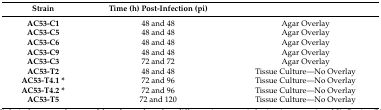
<table><thead><tr><td><b>Strain</b></td><td><b>Time (h) Post-Infection (pi)</b></td><td>[EMPTY_CELL]</td></tr></thead><tbody><tr><td><b>AC53-C1</b></td><td>48 and 48</td><td>Agar Overlay</td></tr><tr><td><b>AC53-C5</b></td><td>48 and 48</td><td>Agar Overlay</td></tr><tr><td><b>AC53-C6</b></td><td>48 and 48</td><td>Agar Overlay</td></tr><tr><td><b>AC53-C9</b></td><td>48 and 48</td><td>Agar Overlay</td></tr><tr><td><b>AC53-C3</b></td><td>72 and 72</td><td>Agar Overlay</td></tr><tr><td><b>AC53-T2</b></td><td>48 and 48</td><td>Tissue Culture—No Overlay</td></tr><tr><td><b>AC53-T4.1 *</b></td><td>72 and 96</td><td>Tissue Culture—No Overlay</td></tr><tr><td><b>AC53-T4.2 *</b></td><td>72 and 96</td><td>Tissue Culture—No Overlay</td></tr><tr><td><b>AC53-T5</b></td><td>72 and 120</td><td>Tissue Culture—No Overlay</td></tr></tbody></table>